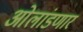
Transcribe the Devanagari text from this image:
ओलांडणार